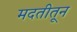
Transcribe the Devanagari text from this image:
मदतीतून